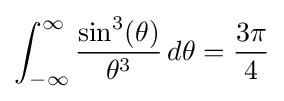
\int _{-\infty }^{\infty }{\frac {\sin ^{3}(\theta )}{\theta ^{3}}}\,d\theta ={\frac {3\pi }{4}}